Report of the Bombay Veterinary College
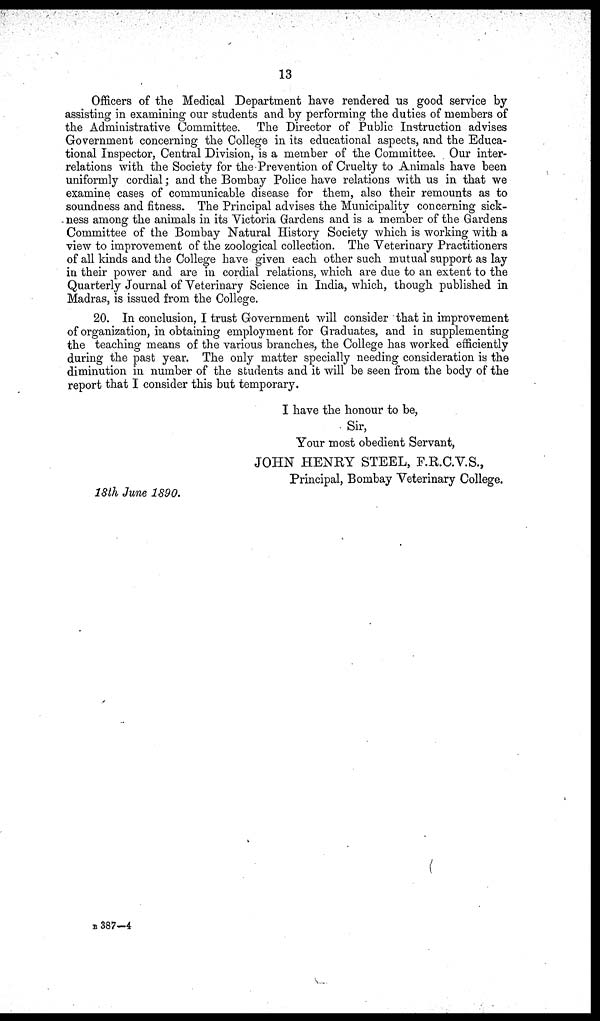
13
Officers of the Medical Department have rendered us good service by
assisting in examining our students and by performing the duties of members of
the Administrative Committee. The Director of Public Instruction advises
Government concerning the College in its educational aspects, and the Educa-
tional Inspector, Central Division, is a member of the Committee. Our inter-
relations with the Society for the Prevention of Cruelty to Animals have been
uniformly cordial ; and the Bombay Police have relations with us in that we
examine cases of communicable disease for them, also their remounts as to
soundness and fitness. The Principal advises the Municipality concerning sick-
ness among the animals in its Victoria Gardens and is a member of the Gardens
Committee of the Bombay Natural History Society which is working with a
view to improvement of the zoological collection. The Veterinary Practitioners
of all kinds and the College have given each other such mutual support as lay
in their power and are in cordial relations, which are due to an extent to the
Quarterly Journal of Veterinary Science in India, which, though published in
Madras, is issued from the College.
20. In conclusion, I trust Government will consider that in improvement
of organization, in obtaining employment for Graduates, and in supplementing
the teaching means of the various branches, the College has worked efficiently
during the past year. The only matter specially needing consideration is the
diminution in number of the students and it will be seen from the body of the
report that I consider this but temporary.
I have the honour to be,
Sir,
Your most obedient Servant,
JOHN HENRY STEEL, F.R.C.V.S.,
Principal, Bombay Veterinary College.
18th June 1890.
B 387-4